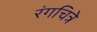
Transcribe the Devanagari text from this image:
रंगचित्रे